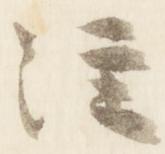
注